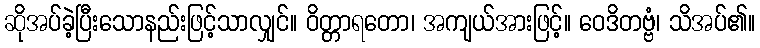
ဆိုအပ်ခဲ့ပြီးသောနည်းဖြင့်သာလျှင်။ ဝိတ္တာရတော၊ အကျယ်အားဖြင့်။ ဝေဒိတဗ္ဗံ၊ သိအပ်၏။